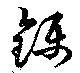
鑷